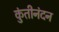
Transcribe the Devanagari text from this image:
कुंतीनंदन